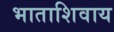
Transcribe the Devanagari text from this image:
भाताशिवाय